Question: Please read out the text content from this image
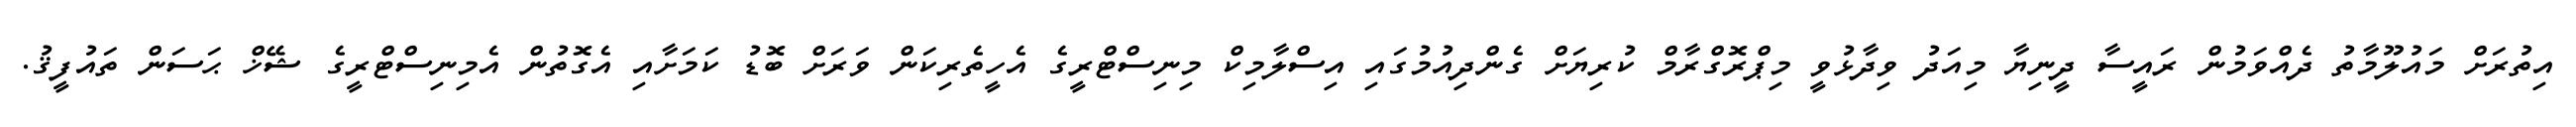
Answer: އިތުރަށް މައުލޫމާތު ދެއްވަމުން ރައީސާ ދީނިޔާ މިއަދު ވިދާޅުވީ މިޕްރޮގްރާމް ކުރިޔަށް ގެންދިއުމުގައި އިސްލާމިކް މިނިސްޓްރީގެ އެހީތެރިކަން ވަރަށް ބޮޑު ކަމަށާއި އެގޮތުން އެމިނިސްޓްރީގެ ޝޭޚް ޙަސަން ތައުފީޤު.